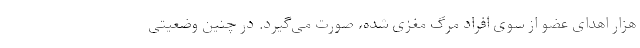
هزار اهدای عضو از سوی افراد مرگ مغزی شده، صورت می‌گیرد. در چنین وضعیتی